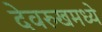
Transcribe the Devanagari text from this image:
देवरुखमध्ये